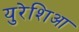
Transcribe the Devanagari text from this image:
युरेशिआ